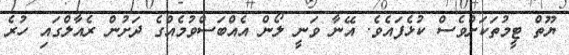
ޔޫތް ޓީމުތަކަށްވެސް ކުޅެފައެވެ. އޭނާ ވަނީ ލޯން އެއްބަސްވުމެއްގެ ދަށުން ރެއާލްގައި ހުރެ